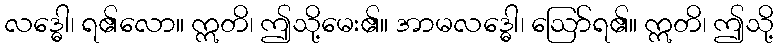
လဒ္ဓေါ၊ ရ၏လော။ ဣတိ၊ ဤသို့မေး၏။ အာမလဒ္ဓေါ၊ ဩော်ရ၏။ ဣတိ၊ ဤသို့